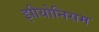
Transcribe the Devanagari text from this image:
झीयोनिसम